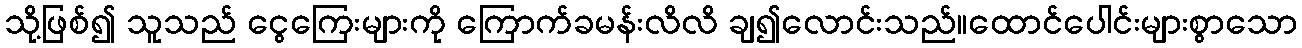
သို့ဖြစ်၍ သူသည် ငွေကြေးများကို ကြောက်ခမန်းလိလိ ချ၍လောင်းသည်။ထောင်ပေါင်းများစွာသော